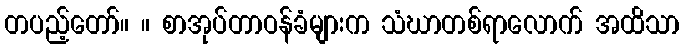
တပည့်တော်။ ။ စာအုပ်တာဝန်ခံများက သံဃာတစ်ရာလောက် အထိသာ